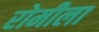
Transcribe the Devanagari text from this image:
रोमीला